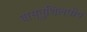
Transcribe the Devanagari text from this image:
वास्‍तुशिल्‍पीय